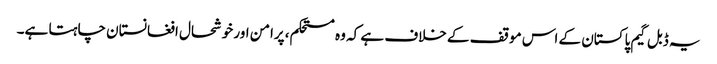
یہ ڈبل گیم پاکستان کے اس موقف کے خلاف ہے کہ وہ مستحکم، پرامن اور خوشحال افغانستان چاہتا ہے۔